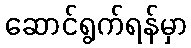
ဆောင်ရွက်ရန်မှာ